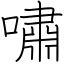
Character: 嘯